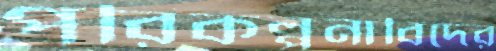
পরিকল্পনাবিদের